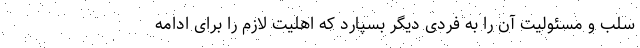
سلب و مسئولیت آن را به فردی دیگر بسپارد که اهلیت لازم را برای ادامه